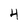
Character: 4